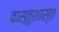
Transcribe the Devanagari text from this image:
वास्तुशास्त